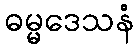
ဓမ္မဒေသနံ